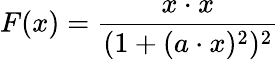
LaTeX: F(x)={\frac{x\cdot x}{(1+(a\cdot x)^{2})^{2}}}